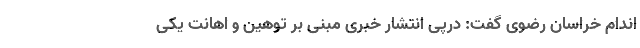
اندام خراسان رضوی گفت: درپی انتشار خبری مبنی بر توهین و اهانت یکی